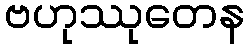
ဗဟုဿုတေန